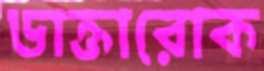
ডাক্তারোক